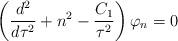
LaTeX: \begin{align*}\left({d^2\over d\tau^2}+n^2- {C_{1}\over \tau^{2}} \right)\varphi_{n}=0\end{align*}